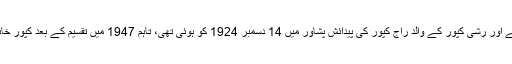
پرتھوی راج کپور کے بیٹے اور رشی کپور کے والد راج کپور کی پیدائش پشاور میں 14 دسمبر 1924 کو ہوئی تھی، تاہم 1947 میں تقسیم کے بعد کپور خاندان بھارت منتقل ہوگیا تھا۔